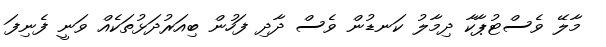
މާލޭ ވެސްޓުޕާކާ ދިމާލު ކަނޑުން ވެސް ދާދި ފަހުން ބިއަރުދަޅުތަކެއް ވަނީ ފެނިފަ